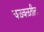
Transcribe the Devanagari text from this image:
चळवळतील